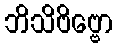
ဘိသိဗိဗ္ဗော